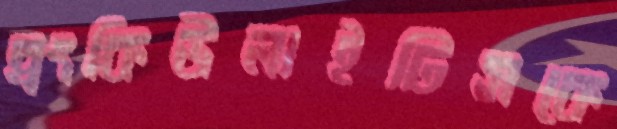
ব্রংকিউলাইটিসকে